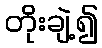
တိုးချဲ့၍